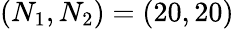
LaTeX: \left(N_{1},N_{2}\right)=\left(20,20\right)